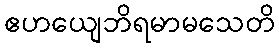
ဧဟယျေဘိရမာမသေတိ